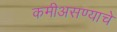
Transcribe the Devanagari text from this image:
कमीअसण्याचे